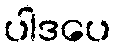
ပါဒပေ